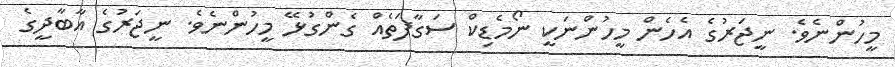
މީހުންނެވެ. ނީޖަރުގެ އެހެން މީހުންނަކީ ނޯމެޑިކް ސަގާފަތެއް ގެންގުޅޭ މީހުންނެވެ. ނީޖަރުގެ އާބާދީގެ